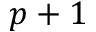
p + 1